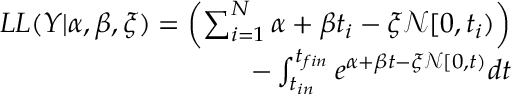
\begin{array} { r } { L L ( Y | \alpha , \beta , \xi ) = \left( \sum _ { i = 1 } ^ { N } \alpha + \beta t _ { i } - \xi \mathcal { N } [ 0 , t _ { i } ) \right) } \\ { - \int _ { t _ { i n } } ^ { t _ { f i n } } e ^ { \alpha + \beta t - \xi \mathcal { N } [ 0 , t ) } d t } \end{array}